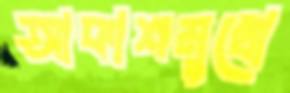
আকাশমুখো